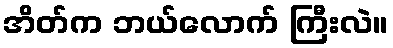
အိတ်က ဘယ်လောက် ကြီးလဲ။